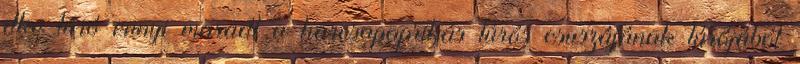
dkg túró ennyi maradt a harcsapaprikás túrós csuszájának túrójából